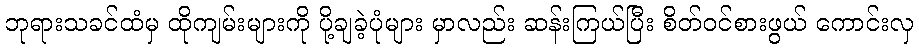
ဘုရားသခင်ထံမှ ထိုကျမ်းများကို ပို့ချခဲ့ပုံများ မှာလည်း ဆန်းကြယ်ပြီး စိတ်ဝင်စားဖွယ် ကောင်းလှ